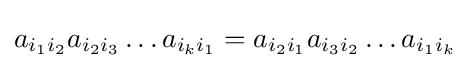
a_{i_{1}i_{2}}a_{i_{2}i_{3}}\dots a_{i_{k}i_{1}}=a_{i_{2}i_{1}}a_{i_{3}i_{2}}\dots a_{i_{1}i_{k}}